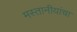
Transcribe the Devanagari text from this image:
मस्तानीयांचा